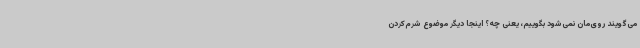
می‌گویند روی‌مان نمی‌شود بگوییم، یعنی چه؟ اینجا دیگر موضوع شرم‌کردن